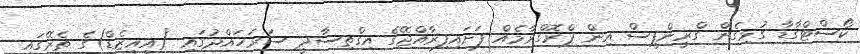
ކޯސްޓްގާޑާ ގުޅިގެން ގްރީންޕީސް އިން ޕްރޮގްރާމެއް ފަށައިފިރާއްޖޭގެ އިގްތިސާދީ ސަރަހައްދުގައި (އީއީޒެޑް)ގެ ތެރޭގައި